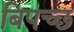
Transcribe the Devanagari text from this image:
बिपच्छ